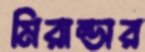
মিরান্ডার